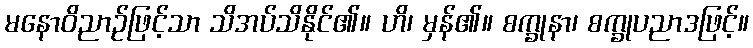
မနောဝိညာဉ်ဖြင့်သာ သိအပ်သိနိုင်၏။ ဟိ၊ မှန်၏။ စက္ခုနာ၊ စက္ခုပညာဒဖြင့်။